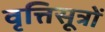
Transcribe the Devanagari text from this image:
वृत्तिसूत्रों